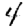
Digit: 4